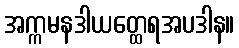
အက္ကမနဒါယတ္ထေရအပဒါန။